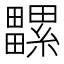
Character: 𤳻